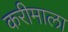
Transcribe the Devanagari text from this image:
करीमाला